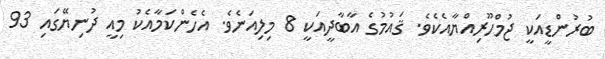
ބުރުންޑީއަކީ ޖުމްހޫރިއްޔާއެކެވެ. ޤައުމުގެ އާބާދީއަކީ 8 މިލިއަނެވެ. އެހެންކަމާއެކު މިއީ ދުނިޔޭގައި 93